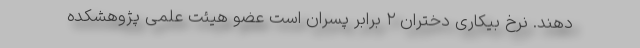
دهند. نرخ بیکاری دختران ۲ برابر پسران است عضو هیئت علمی پژوهشکده